Scottish Certificate of Education, 1963
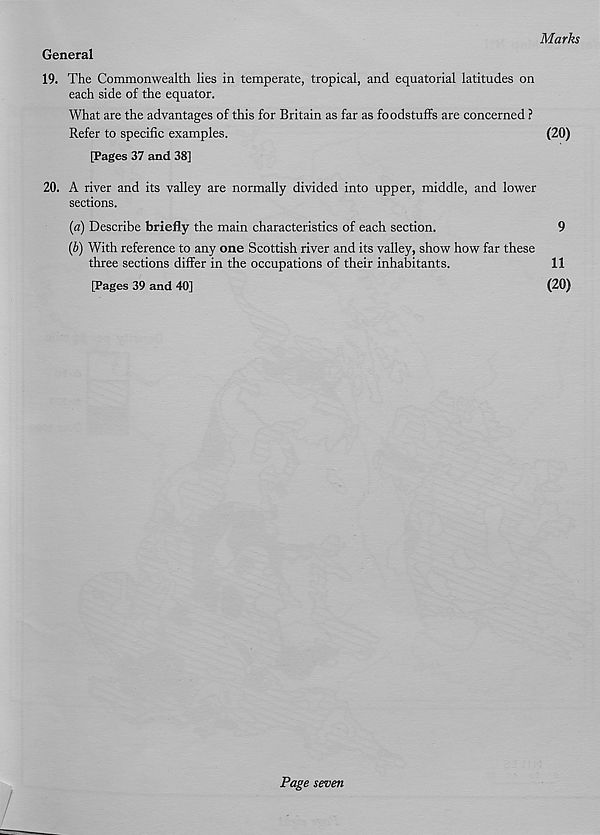
Marks
General
19. The Commonwealth lies in temperate, tropical, and equatorial latitudes on
each side of the equator.
What are the advantages of this for Britain as far as foodstuffs are concerned ?
Refer to specific examples.
(20)
[Pages 37 and 38]
20. A river and its valley are normally divided into upper, middle, and lower
sections.
{a) Describe briefly the main characteristics of each section.
9
(b) With reference to any one Scottish river and its valley, show how far these
three sections differ in the occupations of their inhabitants.
11
[Pages 39 and 40]
(20)
Page seven